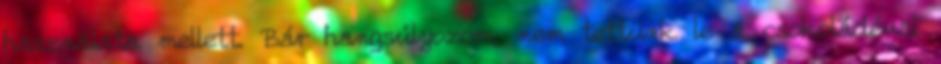
használata mellett. Bár hangsúlyozom, nem tettünk le a csokoládéval